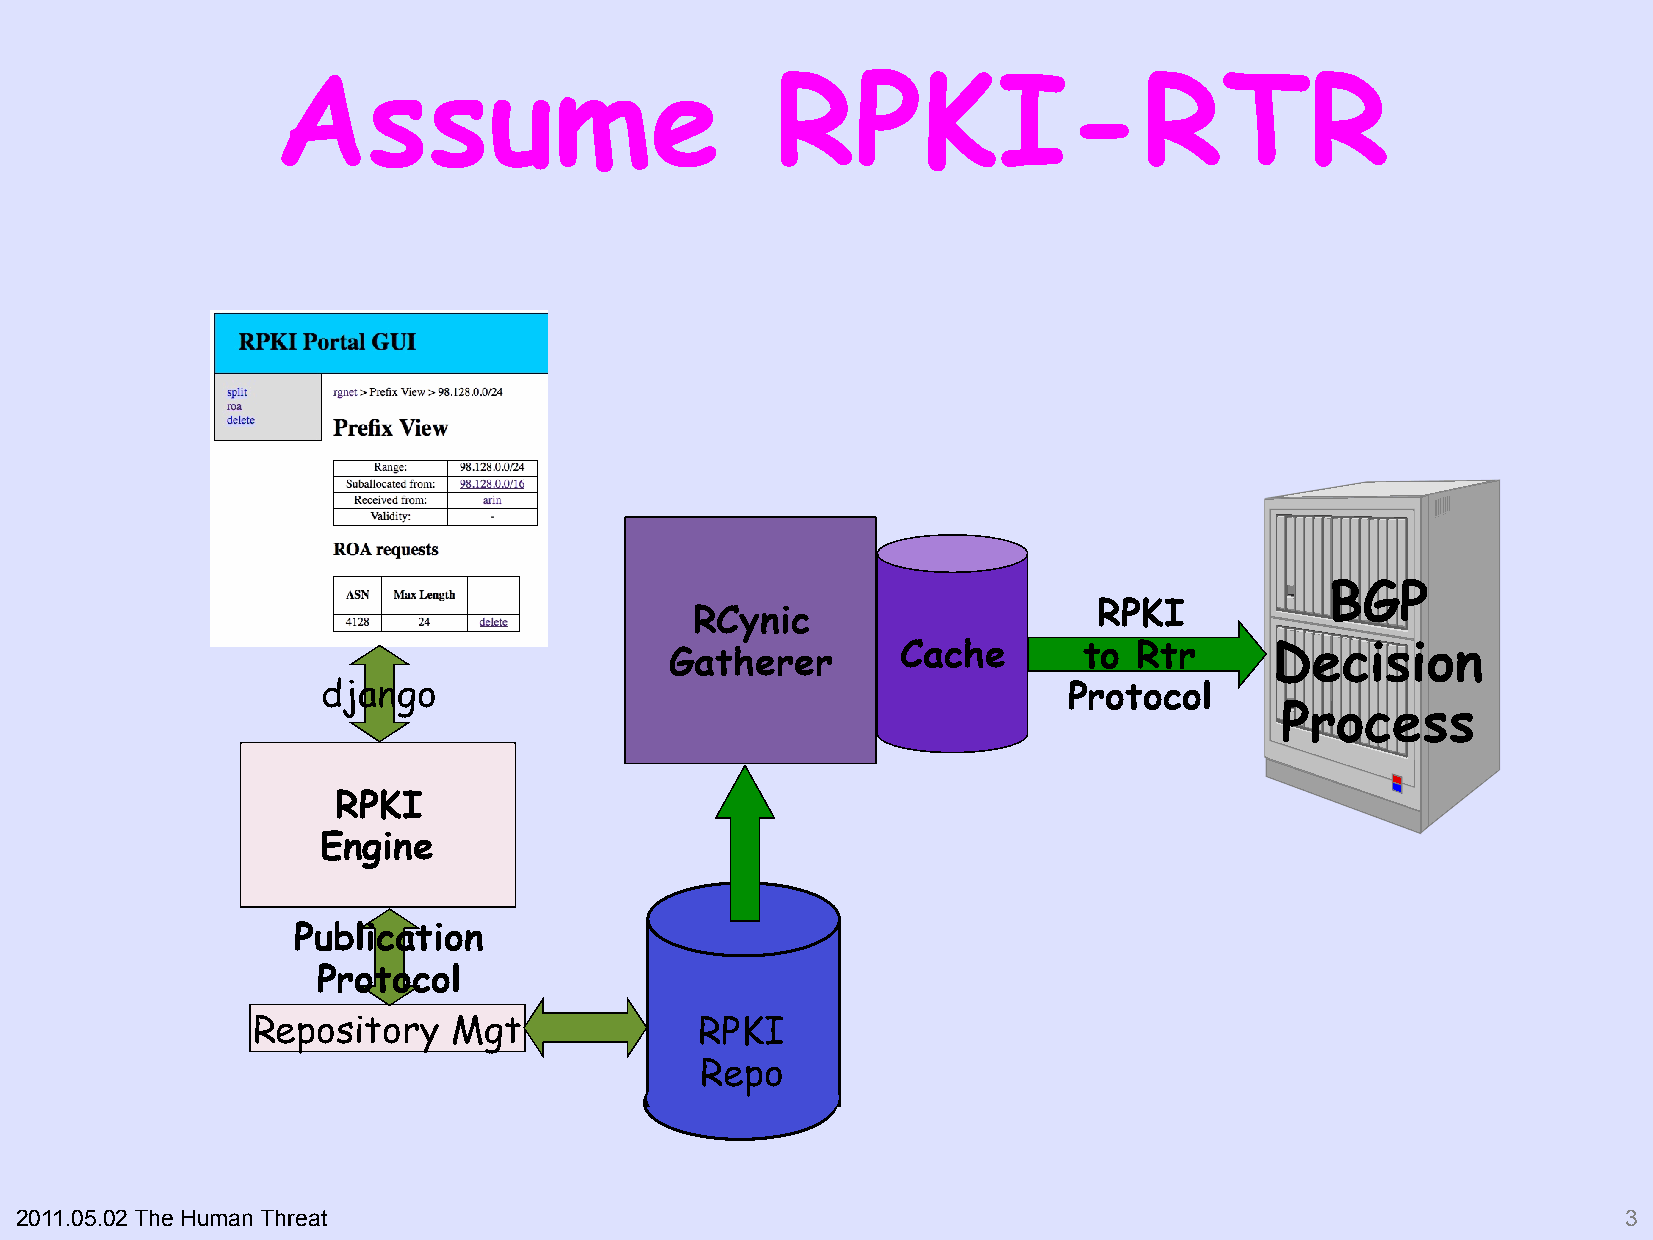
Assume                           RPKI-RTR
 BGP
 RPKI
 RCynic
 Gatherer        Cache       to Rtr      Decision
 django                                            Protocol
 Process
 RPKI
 Engine
 Publication
 Protocol
 Repository   Mgt             RPKI
 Repo
 2011.05.02 The Human Threat                                                                                3